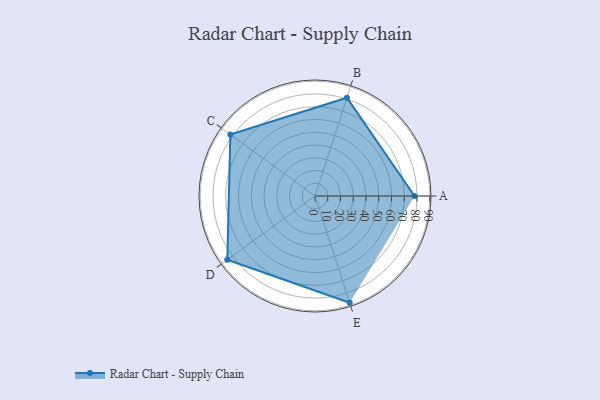
{"axis": {"x": "Skill", "y": "Score"}, "legend": ["Profile"], "data": [{"x": "A", "y": 78.0, "type": "Profile"}, {"x": "B", "y": 81.0, "type": "Profile"}, {"x": "C", "y": 82.0, "type": "Profile"}, {"x": "D", "y": 85.0, "type": "Profile"}, {"x": "E", "y": 88.0, "type": "Profile"}]}